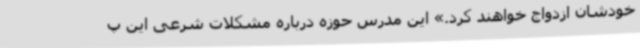
خودشان ازدواج خواهند کرد.» این مدرس حوزه درباره مشکلات شرعی این پ